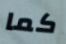
كما